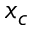
x _ { c }